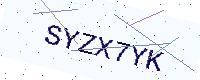
Text: SYZX7YK